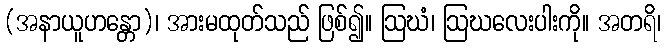
(အနာယူဟန္တော)၊ အားမထုတ်သည် ဖြစ်၍။ ဩဃံ၊ ဩဃလေးပါးကို။ အတရိ၊